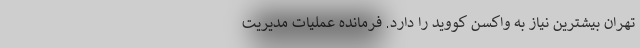
تهران بیشترین نیاز به واکسن کووید را دارد. فرمانده عملیات مدیریت